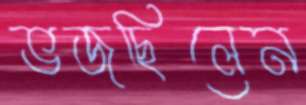
ভজছিলেন